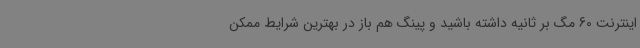
اینترنت 60 مگ بر ثانیه داشته باشید و پینگ هم باز در بهترین شرایط ممکن